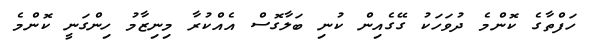
ހަފްތާގެ ކޮންމެ ދުވަހަކު ގޭގެއިން ކުނި ބަލާގޮސް އެއްކުރާ މިނިޒާމު ހިންގަނީ ކޮންމެ